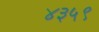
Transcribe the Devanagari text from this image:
४३५९